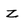
Character: Z